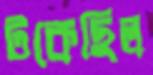
টকেছিল